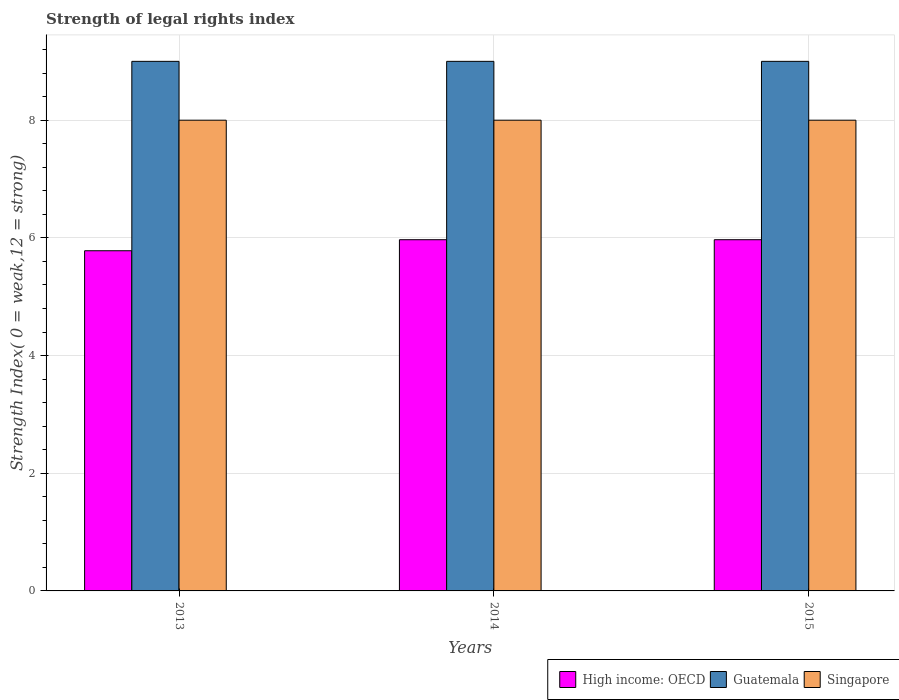
| Years | High income: OECD | Guatemala | Singapore |
 | --- | --- | --- | --- |
 | 2013 | 5.78 | 9 | 8 |
 | 2014 | 5.97 | 9 | 8 |
 | 2015 | 5.97 | 9 | 8 |